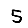
Digit: 5